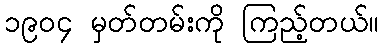
၁၉၀၄ မှတ်တမ်းကို ကြည့်တယ်။